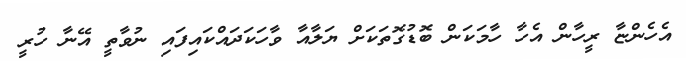
އެހެންޏާ ރީހާން އެހާ ހާމަކަން ބޮޑުގޮތަކަށް ޔަލާއާ ވާހަކަދައްކައިފައި ނުވާތީ އޭނާ ހުރީ